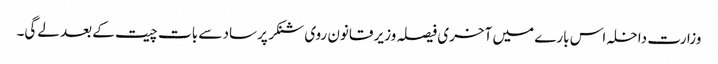
وزارت داخلہ اس بارے میں آخری فیصلہ وزیر قانون روی شنکر پرساد سے بات چیت کے بعد لے‌گی۔